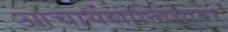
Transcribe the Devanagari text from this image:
आचार्यशान्तिसागर